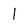
Character: 1